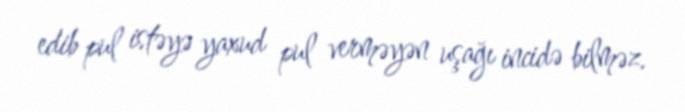
edib pul istəyə yaxud pul verməyən uşağı incidə bilməz.